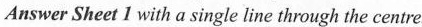
Answer Sheet 1 with a single line through the centre.